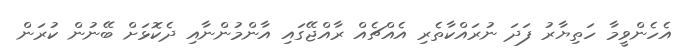
އެހެންވީމާ ހަތިޔާރު ފަދަ ނުރައްކާތެރި އެއްޗެއް ރާއްޖޭގައި އާންމުންނާއި ދެކޮޅަށް ބޭނުން ކުރަން